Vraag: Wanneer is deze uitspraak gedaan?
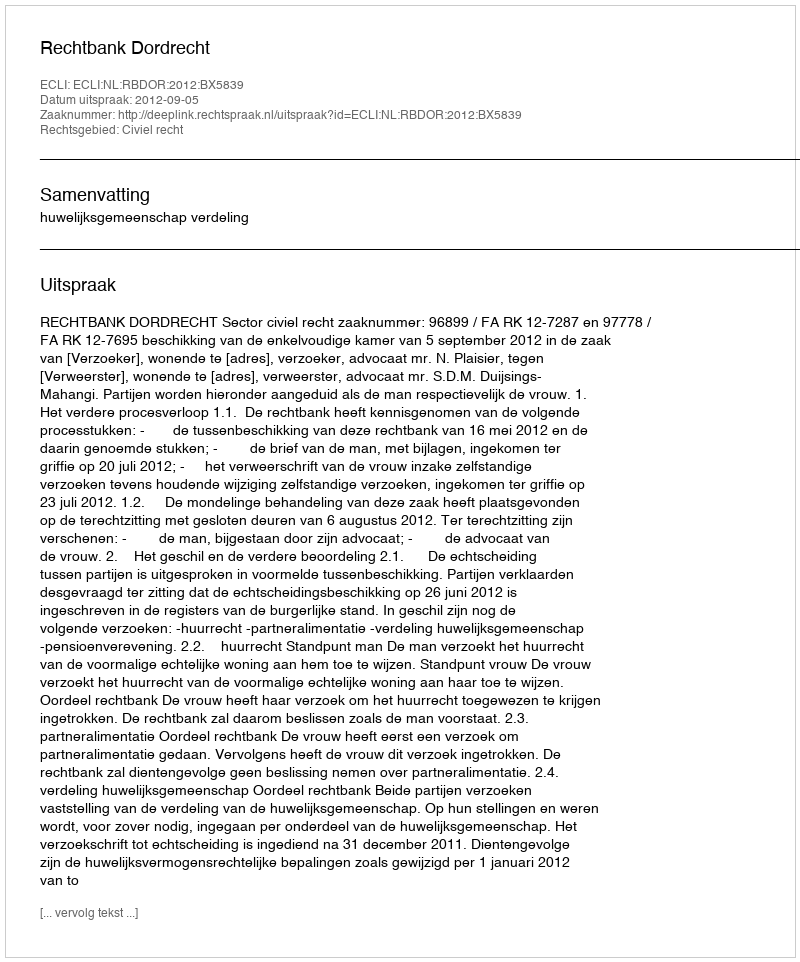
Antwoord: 2012-09-05